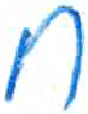
אות: ח